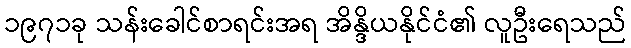
၁၉၇၁ခု သန်းခေါင်စာရင်းအရ အိန္ဒိယနိုင်ငံ၏ လူဦးရေသည်